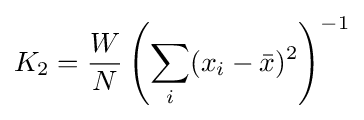
K_{2}={\frac {W}{N}}\left(\sum _{i}(x_{i}-{\bar {x}})^{2}\right)^{-1}